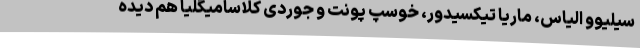
سیلیوو الیاس، ماریا تیکسیدور، خوسپ پونت و جوردی کلاسامیگلیا هم دیده